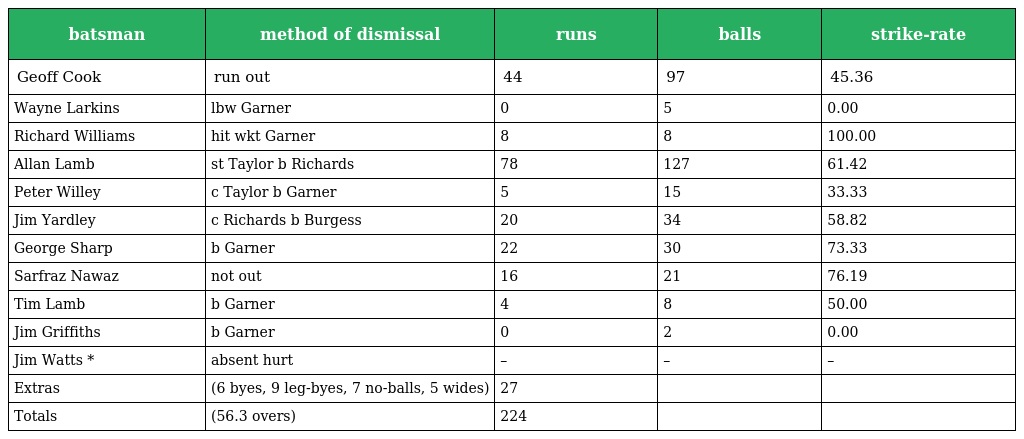
| batsman | method of dismissal | runs | balls | strike-rate |
 | --- | --- | --- | --- | --- |
 | Geoff Cook | run out | 44 | 97 | 45.36 |
 | Wayne Larkins | lbw Garner | 0 | 5 | 0.00 |
 | Richard Williams | hit wkt Garner | 8 | 8 | 100.00 |
 | Allan Lamb | st Taylor b Richards | 78 | 127 | 61.42 |
 | Peter Willey | c Taylor b Garner | 5 | 15 | 33.33 |
 | Jim Yardley | c Richards b Burgess | 20 | 34 | 58.82 |
 | George Sharp | b Garner | 22 | 30 | 73.33 |
 | Sarfraz Nawaz | not out | 16 | 21 | 76.19 |
 | Tim Lamb | b Garner | 4 | 8 | 50.00 |
 | Jim Griffiths | b Garner | 0 | 2 | 0.00 |
 | Jim Watts * | absent hurt | – | – | – |
 | Extras | (6 byes, 9 leg-byes, 7 no-balls, 5 wides) | 27 |  |  |
 | Totals | (56.3 overs) | 224 |  |  |